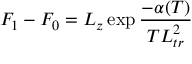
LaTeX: F _ { 1 } - F _ { 0 } = L _ { z } \exp { \frac { - \alpha ( T ) } { T L _ { t r } ^ { 2 } } }